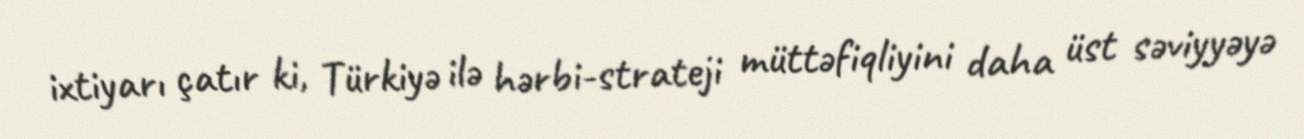
ixtiyarı çatır ki, Türkiyə ilə hərbi-strateji müttəfiqliyini daha üst səviyyəyə